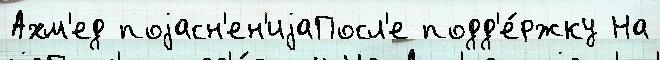
Ахм'ед поjасн'ен'иjаПосл'е подд'е́ржку На